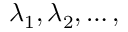
\lambda _ { 1 } , \lambda _ { 2 } , \ldots ,